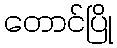
တောင်ပြို